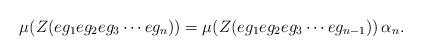
LaTeX: \begin{align*}\mu(Z(eg_1eg_2eg_3\cdots eg_n))=\mu(Z(eg_1eg_2eg_3\cdots eg_{n-1}))\, \alpha_n.\end{align*}